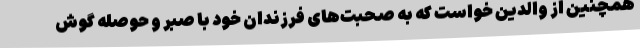
همچنین از والدین خواست که به صحبت‌های فرزندان خود با صبر و حوصله گوش